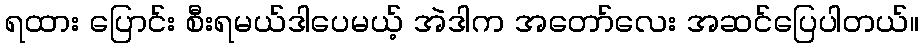
ရထား ပြောင်း စီးရမယ်ဒါပေမယ့် အဲဒါက အတော်လေး အဆင်ပြေပါတယ်။